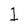
Character: 1